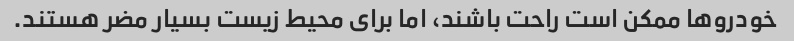
خودروها ممکن است راحت باشند، اما برای محیط زیست بسیار مضر هستند.